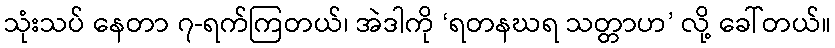
သုံးသပ် နေတာ ၇-ရက်ကြတယ်၊ အဲဒါကို ‘ရတနဃရ သတ္တာဟ’ လို့ ခေါ်တယ်။